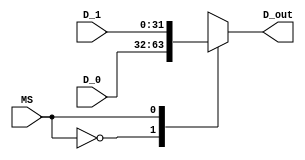
`timescale 1ns / 1ps
//////////////////////////////////////////////////////////////////////////////////
// Company: 
// Engineer: 
// 
// Design Name: 
// Module Name: Mux_2x1_32Bits
// Project Name: 
// Target Devices: 
// Tool Versions: 
// Description: 
// 
// Dependencies: 
// 
// Revision:
// Revision 0.01 - File Created
// Additional Comments:
// 
//////////////////////////////////////////////////////////////////////////////////


module Mux_2x1_32Bits(
//Input Signals
input wire MS, // SELECTOR
input wire [31:0] D_0, //DATO DE EN LA ENTRADA 0
input wire [31:0] D_1, //DATO DE EN LA ENTRADA 1

//Output Signals
output reg [31:0] D_out //SALIDA 
);

    always @*
        begin
            case(MS)
                1'b0: D_out = D_0;
                1'b1: D_out = D_1;
                default : D_out = D_0;
            endcase
        end

endmodule